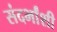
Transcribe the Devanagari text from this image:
संदर्भांंशी